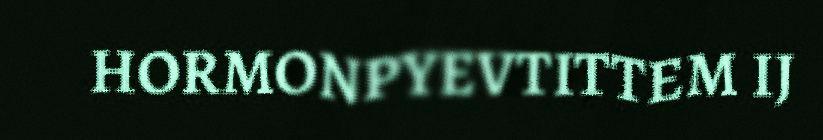
HORMONPYEVTITTEM IJ